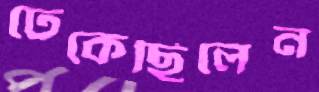
ঢেকেছিলেন